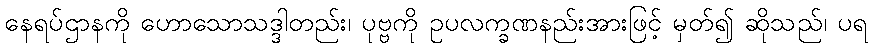
နေရပ်ဌာနကို ဟောသောသဒ္ဒါတည်း၊ ပုဗ္ဗကို ဥပလက္ခဏနည်းအားဖြင့် မှတ်၍ ဆိုသည်၊ ပရ